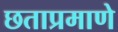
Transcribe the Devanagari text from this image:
छताप्रमाणे